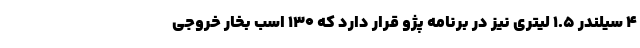
4 سیلندر 1.5 لیتری نیز در برنامه پژو قرار دارد که 130 اسب بخار خروجی